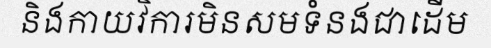
និងកាយវិការមិនសមទំនងជាដើម